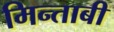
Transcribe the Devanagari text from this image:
मिन्ताबी